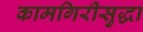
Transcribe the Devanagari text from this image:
कामगिरीसुद्धा